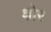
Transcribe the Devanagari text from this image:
क्षोर